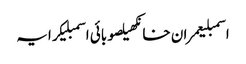
اسمبلیعمران خانکھیلصوبائی اسمبلیکرایہ